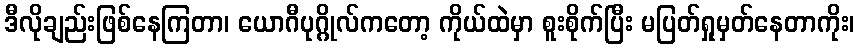
ဒီလိုချည်းဖြစ်နေကြတာ၊ ယောဂီပုဂ္ဂိုလ်ကတော့ ကိုယ်ထဲမှာ စူးစိုက်ပြီး မပြတ်ရှုမှတ်နေတာကိုး၊